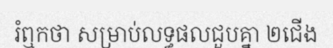
រំឮកថា សម្រាប់លទ្ធផលជួបគ្នា ២ជើង